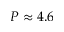
P \approx 4 . 6